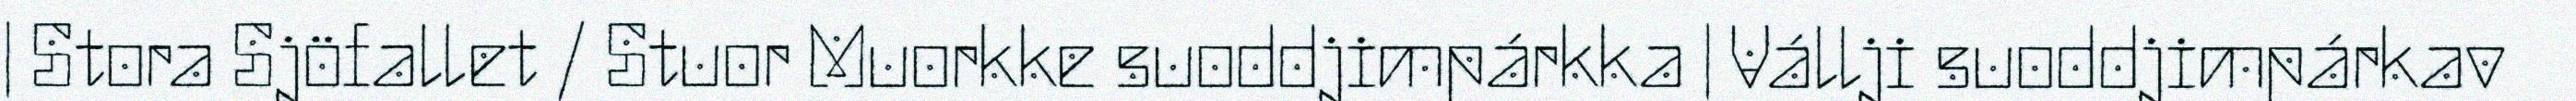
| Stora Sjöfallet / Stuor Muorkke suoddjimpárkka | Vállji suoddjimpárkav